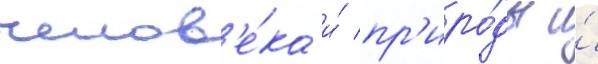
челов'е́ка и́ пр'иро́ды и́